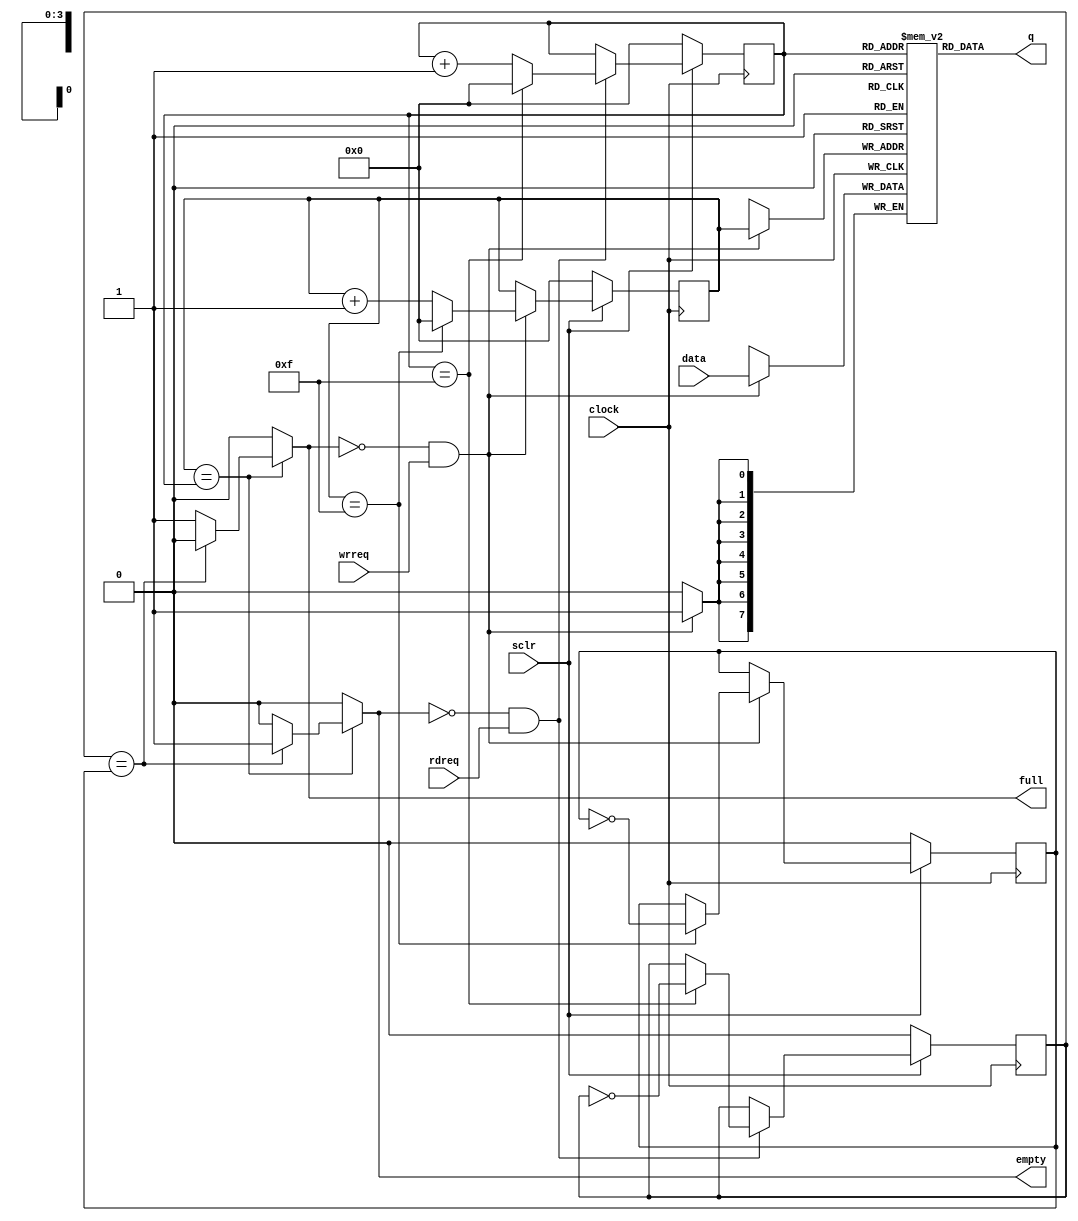
//it is just a normal FIFO
module FIFO(
    input clock,
    input sclr,

    input rdreq, wrreq,
    output reg full, empty,

    input [7 : 0] data,
    output [7 : 0] q

);

reg [7 : 0] mem [15 : 0];
reg [3 : 0] wp, rp;
reg w_flag, r_flag;

initial
begin
wp=0;
w_flag=0;
rp=0;
r_flag=0;
end


always @(posedge clock) begin
    if (~sclr) begin
        wp <= 0;
        w_flag <= 0;
    end else if(!full && wrreq) begin 
        wp<= (wp==16-1) ? 0 : wp+1;
        w_flag <= (wp==16-1) ? ~w_flag : w_flag;
    end
end

always @(posedge clock) begin
    if(wrreq && !full)begin
        mem[wp] <= data;
    end
end

always @(posedge clock) begin
    if (~sclr) begin
        rp<=0;
        r_flag <= 0;
    end else if(!empty && rdreq) begin 
        rp<= (rp==16-1) ? 0 : rp+1;
        r_flag <= (rp==16-1) ? ~r_flag : r_flag;
    end
end

assign q = mem[rp];

always @(*) begin
    if(wp==rp)begin
        if(r_flag==w_flag)begin
            full <= 0;
            empty <= 1;
        end else begin
            full <= 1;
            empty <= 0;
        end
    end else begin
        full <= 0;
        empty <= 0;
    end
end



endmodule